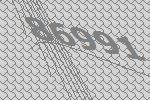
86991